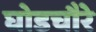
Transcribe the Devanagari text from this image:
घोडचौरे